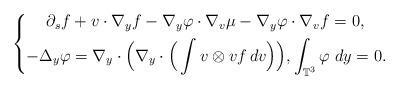
LaTeX: \begin{align*} \left \{ \begin{aligned}\partial_s f &+ v \cdot \nabla_y f - \nabla_y \varphi \cdot \nabla_v \mu - \nabla_y \varphi \cdot \nabla_v f =0,\\ -\Delta_y \varphi &=\nabla_y \cdot\Big (\nabla_y \cdot \Big( \int v \otimes v f \, dv\Big)\Big), \int_{\mathbb{T}^3}\varphi \; dy =0.\end{aligned}\right.\end{align*}